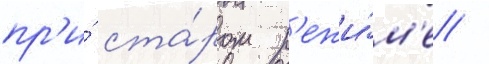
пр'и́ ста́ром р'ежи́м'е /